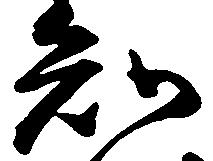
知